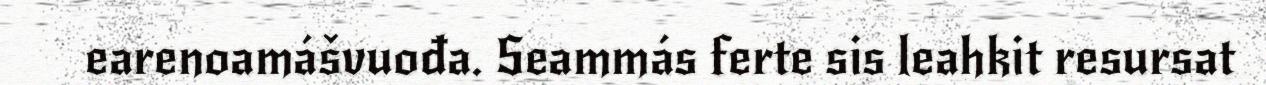
earenoamášvuođa. Seammás ferte sis leahkit resursat